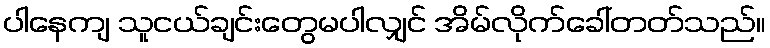
ပါနေကျ သူငယ်ချင်းတွေမပါလျှင် အိမ်လိုက်ခေါ်တတ်သည်။